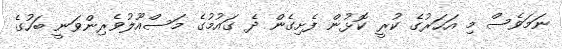
ނަމަވެސް މި އަހަރުގެ ކުރީ ކޮޅުން ފެށިގެން ދެ ގައުމުގެ މަސްއޫލުވެރިންވަނީ ބަހުގެ